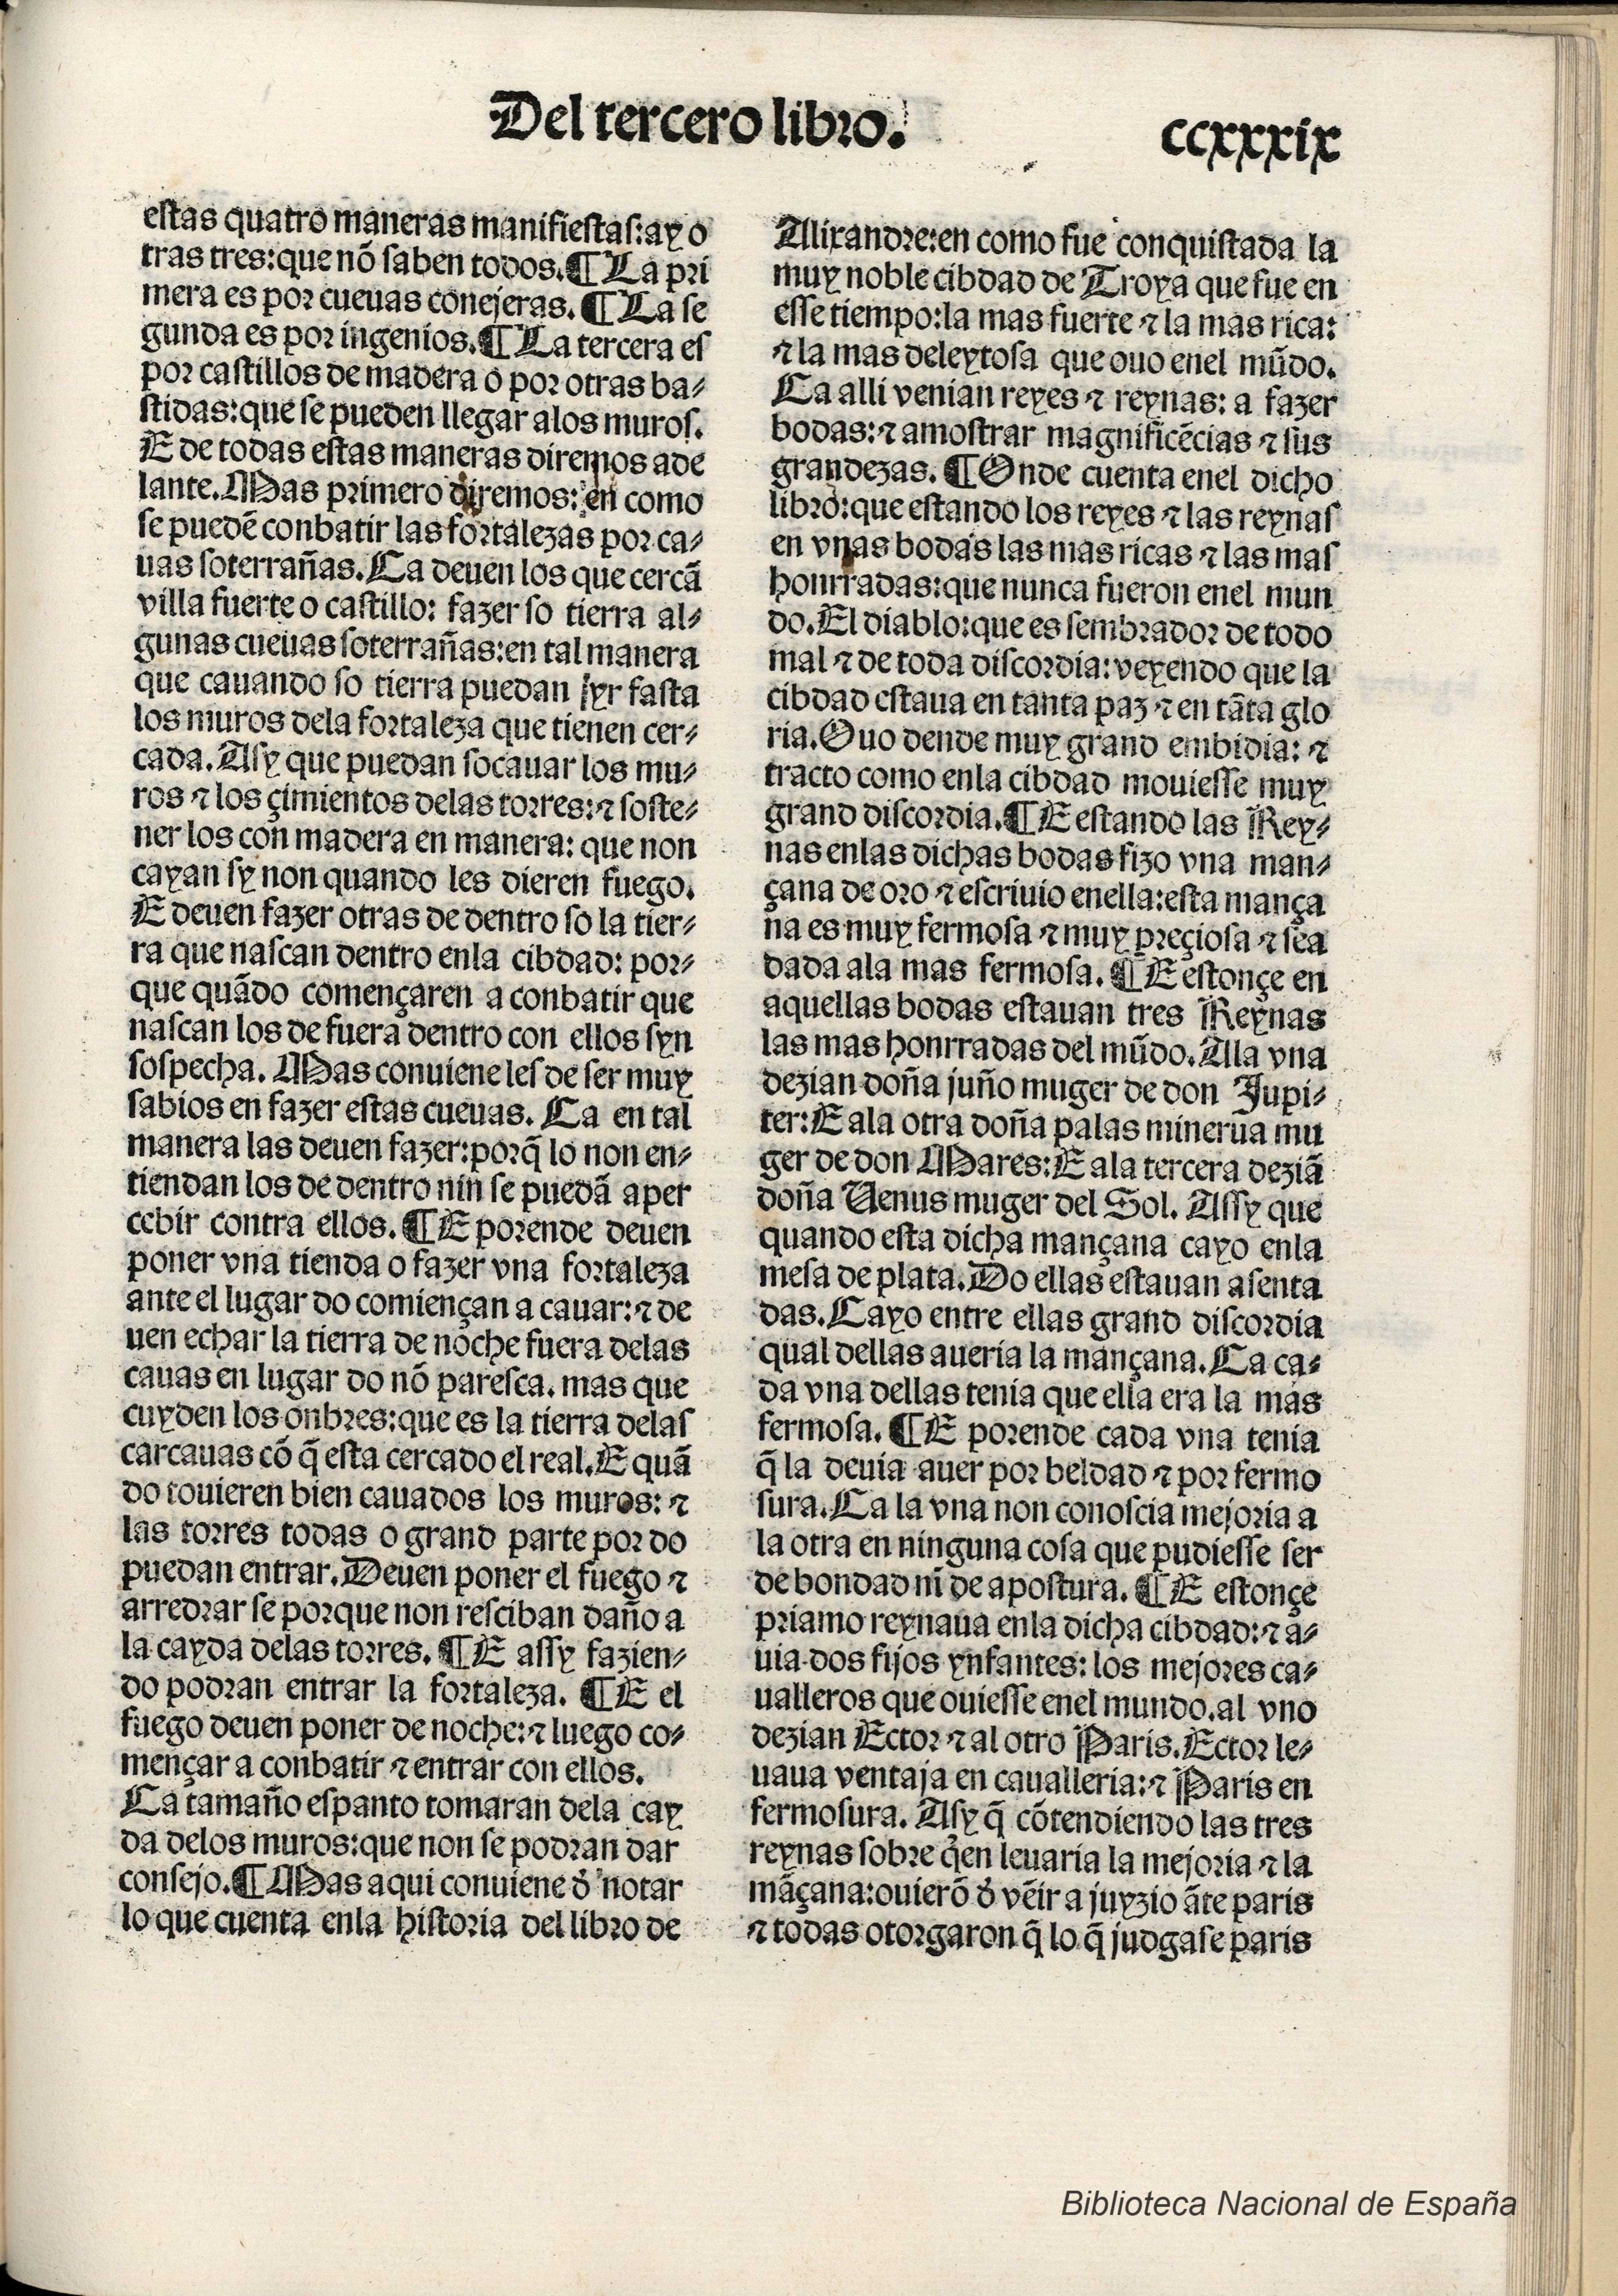
Shelfmark: Madrid, BNE, Inc. 901
Century: 15